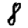
Digit: 8